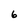
Character: 6